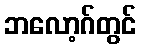
ဘလော့ဂ်တွင်